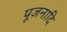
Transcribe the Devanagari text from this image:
पूजनादि